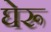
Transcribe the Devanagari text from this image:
घेरू